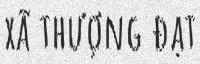
xã thượng đạt